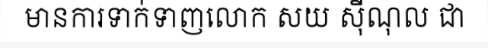
មានការទាក់ទាញលោក សយ ស៊ីណុល ជា